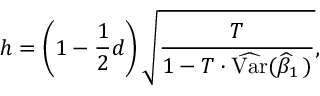
h = \left( 1 - { \frac { 1 } { 2 } } d \right) { \sqrt { \frac { T } { 1 - T \cdot { \widehat { \operatorname { V a r } } } ( { \widehat { \beta } } _ { 1 } \, ) } } } ,